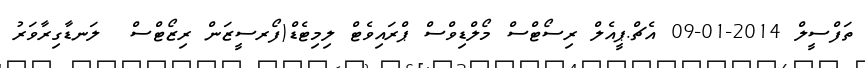
ތަފްސީލް 2014-01-09 އެޗް.ޕީއެލް ރިސޯޓްސް މޯލްޑިވްސް ޕްރައިވެޓް ލިމިޓެޑް(ފޯރސީޒަން ރިޒޯޓްސް  ލަނޑާގިރާވަރު